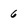
Character: 6